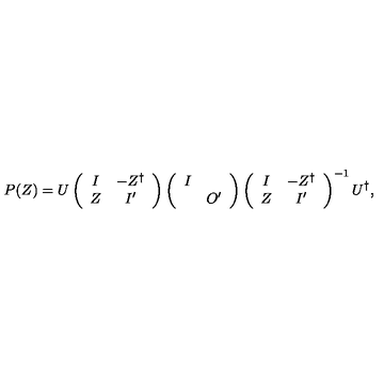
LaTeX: P ( Z ) = U \left( \begin{array} { c c } { I } & { - Z ^ { \dag } } \\ { Z } & { I ^ { \prime } } \\ \end{array} \right) \left( \begin{array} { c c } { I } & { } \\ { } & { O ^ { \prime } } \\ \end{array} \right) \left( \begin{array} { c c } { I } & { - Z ^ { \dag } } \\ { Z } & { I ^ { \prime } } \\ \end{array} \right) ^ { - 1 } U ^ { \dag } ,